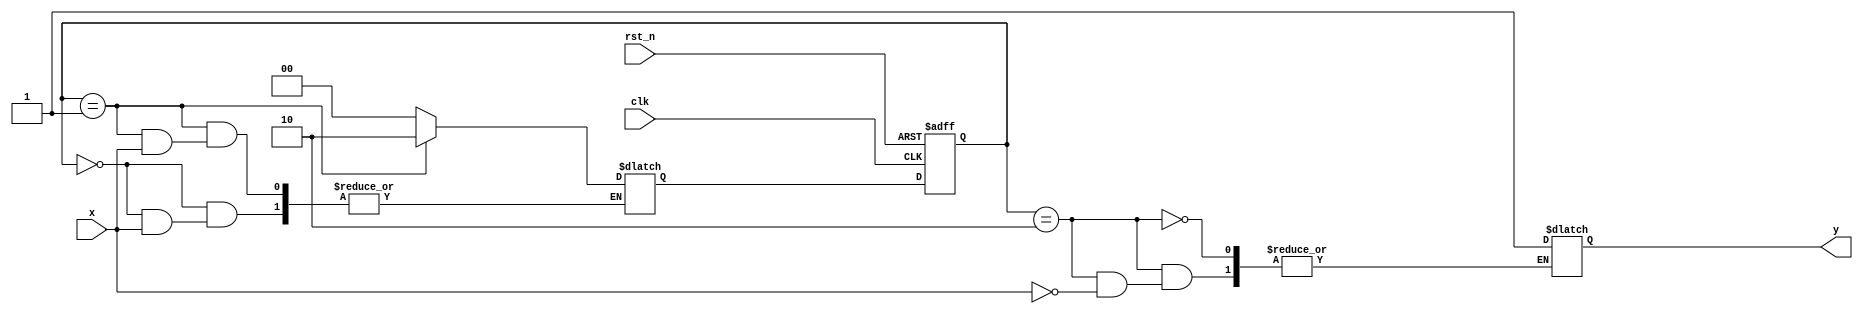
module fsm_pattern(
	input x,
	input clk,
	input rst_n,
	output reg y

);
// ma hoa trang thai bang localparam
	localparam wait_1st_1 = 2'b00;
	localparam wait_0		 = 2'b01;
	localparam wait_2nd_1 = 2'b10;
	
	reg [1:0] state, nextstate;
initial begin
	 y=0;
	 nextstate= wait_0; // thay cho cc cu lnh else nextstate= wait_0  rt gn code
	 end
	// mo ta ham trang thai ke tiep delta
	always @( x or state) begin
	// trong khi alway khng ng h (clk) lun dng php gn blocking
	// gn gi tr defualt cho;

	case (state)
	
		wait_1st_1:
						if(x==0) nextstate = wait_1st_1;
						//else nextstate= wait_0
		wait_0 : 
						if(x==0) nextstate = wait_2nd_1;
						//else nextstate =wait_0;
		wait_2nd_1:
						if(x==0) nextstate= wait_1st_1;
						else begin nextstate= wait_1st_1;
										y=1;
							  end
	default: nextstate= wait_1st_1;
	endcase
	end
	
	always @(posedge clk or negedge rst_n) begin
	// trong khoi always co dong ho mo ta mach FF
	// luon dung phep gan nonblocking "<="
		if(~rst_n) begin // neu reset =0
			// reset
			state <= wait_1st_1;

		end
		else begin 
				state <= nextstate;
		
		end
	
	
		end 
endmodule